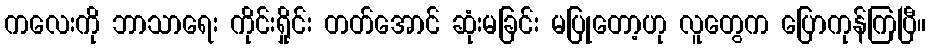
ကလေးကို ဘာသာရေး ကိုင်းရှိုင်း တတ်အောင် ဆုံးမခြင်း မပြုတော့ဟု လူတွေက ပြောကုန်ကြပြီ။